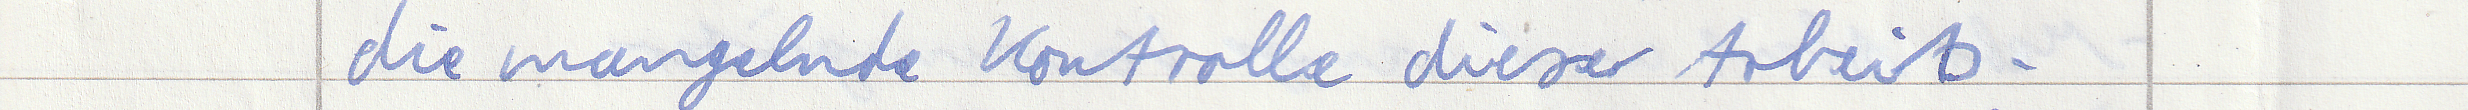
die mangelnde Kontrolle dieser Arbeits -